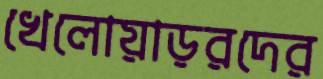
খেলোয়াড়রদের